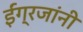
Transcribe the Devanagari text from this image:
ईंग्रजांनी